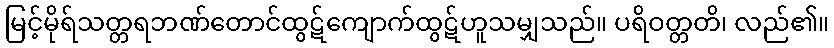
မြင့်မိုရ်သတ္တရဘဏ်တောင်ထွဋ်ကျောက်ထွဋ်ဟူသမျှသည်။ ပရိဝတ္တတိ၊ လည်၏။